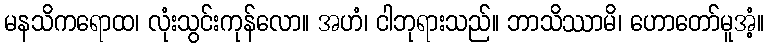
မနသိကရောထ၊ လုံးသွင်းကုန်လော။ အဟံ၊ ငါဘုရားသည်။ ဘာသိဿာမိ၊ ဟောတော်မူအံ့။